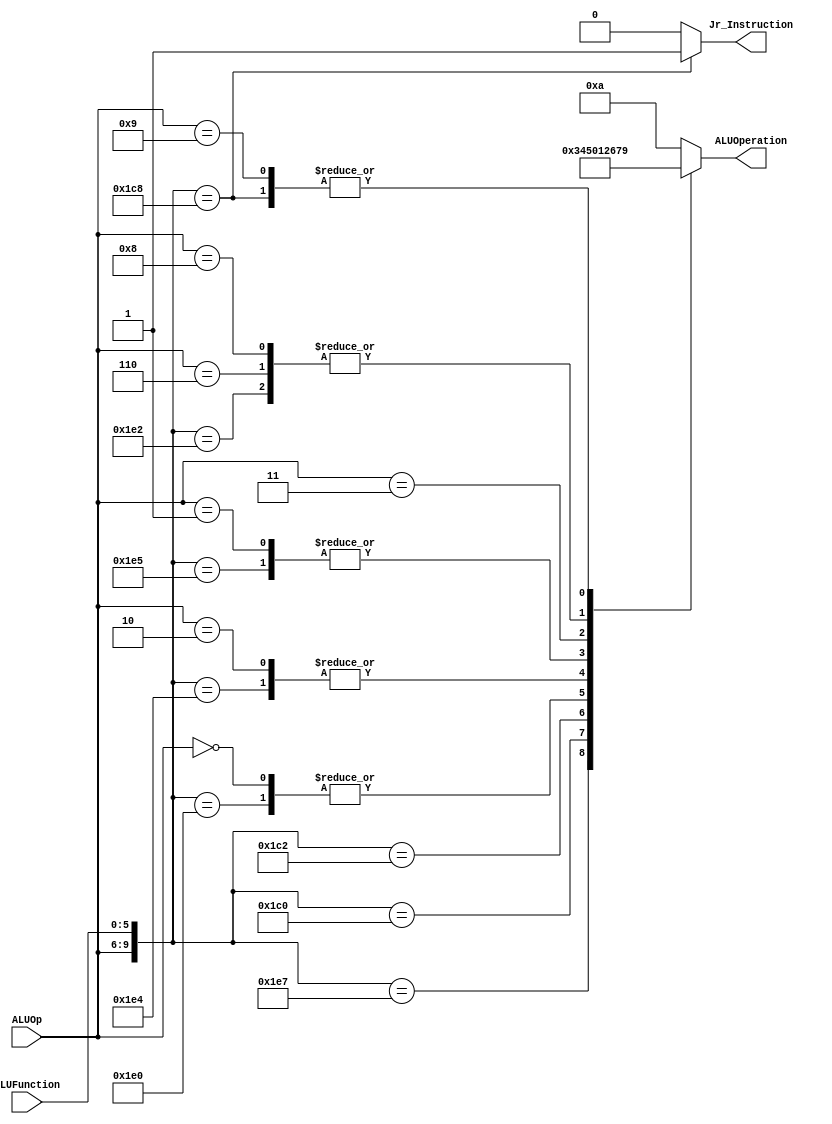
/******************************************************************
* Description
*	This is the control unit for the ALU. It receves an signal called 
*	ALUOp from the control unit and a signal called ALUFunction from
*	the intrctuion field named function.
* Version:
*	1.0
* Author:
*	Dr. Jos Luis Pizano Escalante
* email:
*	luispizano@iteso.mx
* Date:
*	01/03/2014
******************************************************************/
module ALUControl
(
	/* ---------------------- INPUTS ----------------------*/
	input [3:0] ALUOp,
	input [5:0] ALUFunction,
	
	/* ---------------------- OUTPUTS ----------------------*/
	output [3:0] ALUOperation,
	output reg Jr_Instruction

);

									// ALUOp _ ALUFunction
									
localparam R_Type_ADD    = 10'b0111_10_0000;
localparam R_Type_AND    = 10'b0111_10_0100;
localparam R_Type_OR     = 10'b0111_10_0101;
localparam R_Type_NOR    = 10'b0111_10_0111;
localparam R_Type_SLL    = 10'b0111_00_0000;
localparam R_Type_SRL    = 10'b0111_00_0010;
localparam R_Type_SUB    = 10'b0111_10_0010;
localparam R_Type_JR	    = 10'b0111_00_1000;


									// Ignore ALUFunction for I type operations
localparam I_Type_ADDI   = 10'b0000_xxxxxx;
localparam I_Type_ANDI   = 10'b0010_xxxxxx;
localparam I_Type_ORI    = 10'b0001_xxxxxx;
localparam I_Type_LUI    = 10'b0011_xxxxxx;
localparam I_Type_LW     = 10'b0100_xxxxxx;
localparam I_Type_SW     = 10'b0101_xxxxxx;
localparam I_Type_BEQ    = 10'b0110_xxxxxx;
localparam I_Type_BNE    = 10'b1000_xxxxxx;

localparam J_Type_JUMP   = 10'b1001_xxxxxx;
localparam J_Type_JAL    = 10'b1001_xxxxxx;



reg [3:0] ALUControlValues;
wire [9:0] Selector;

assign Selector = {ALUOp, ALUFunction};

/*
	ALUOperation (Output)
	Type of operations:
		TYPE									 CODE
		ADD -------------------------- 0000
		AND -------------------------- 0001
		OR  -------------------------- 0010
		NOR -------------------------- 0011
		SHIFT LEFT ------------------- 0100
		SHIT RIGHT ------------------- 0101
		LOAD UPPER ------------------- 0110
		
*/

always@(Selector)begin
	casex(Selector)
		R_Type_ADD:		ALUControlValues = 4'b0000;	// ALUOperation = add
		R_Type_AND:    ALUControlValues = 4'b0001;	// ALUOperation = and
		R_Type_OR: 		ALUControlValues = 4'b0010;	// ALUOperation = or
		R_Type_NOR:		ALUControlValues = 4'b0011;	// ALUOperation = nor
		R_Type_SLL:		ALUControlValues = 4'b0100;	// ALUOperation = sll
		R_Type_SRL:		ALUControlValues = 4'b0101;	// ALUOperation = srl
		R_Type_SUB:		ALUControlValues = 4'b0111;	// ALUOperation = sub
		R_Type_JR:		ALUControlValues = 4'b1001;	// ALUOperation = sub
		
		
		I_Type_ADDI:	ALUControlValues = 4'b0000;	// ALUOperation = add
		I_Type_ANDI:	ALUControlValues = 4'b0001;	// ALUOperation = and
		I_Type_ORI:		ALUControlValues = 4'b0010;	// ALUOperation = or
		I_Type_LUI:		ALUControlValues = 4'b0110;	// ALUOperation = lui
		I_Type_LW:		ALUControlValues = 4'b1010;	// ALUOperation = memoryMap	  
		I_Type_SW:		ALUControlValues = 4'b1010;	// ALUOperation = memoryMap
		I_Type_BEQ:		ALUControlValues = 4'b0111;	
		I_Type_BNE:		ALUControlValues = 4'b0111;	
		
		J_Type_JUMP:	ALUControlValues = 4'b1001;
		J_Type_JAL:	   ALUControlValues = 4'b1001;

		default: ALUControlValues = 4'b1010;
	endcase
	
	Jr_Instruction = (Selector == R_Type_JR) ? 1'b1 : 1'b0;
end


assign ALUOperation = ALUControlValues;

endmodule
//alucontrol//